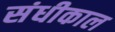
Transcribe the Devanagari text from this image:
संधीकाल